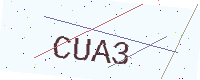
Text: CUA3